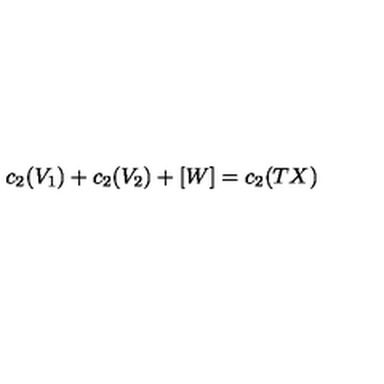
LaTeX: c _ { 2 } ( V _ { 1 } ) + c _ { 2 } ( V _ { 2 } ) + [ W ] = c _ { 2 } ( T X )